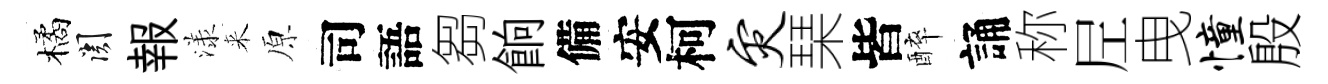
橘關報漾来原司語芻餉備安柯灾琹皆醉誦称𡰱曳憧殷